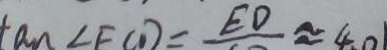
\tan \angle F C D = E D \approx 4 0